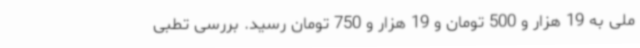
ملی به 19 هزار و 500 تومان و 19 هزار و 750 تومان رسید. بررسی تطبی